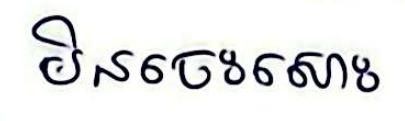
មិនចេះសោះ